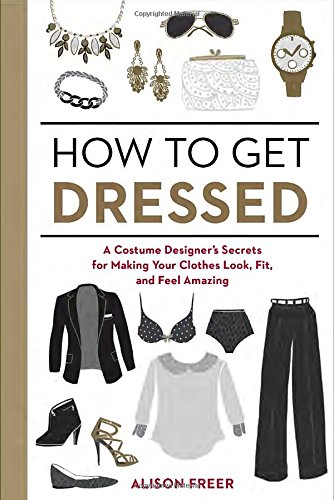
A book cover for How to Get Dressed: A Costume Designer's Secrets for Making Your Clothes Look, Fit, and Feel Amazing; Alison Freer; Humor & Entertainment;